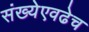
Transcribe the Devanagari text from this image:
संख्येएवढेच